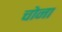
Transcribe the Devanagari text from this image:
चोना